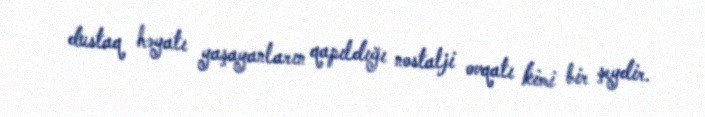
dustaq həyatı yaşayanların qapıldığı nostalji ovqatı kimi bir şeydir.